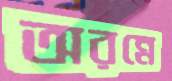
অরন্নে